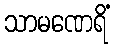
သာမဏေရိံ